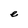
Character: e